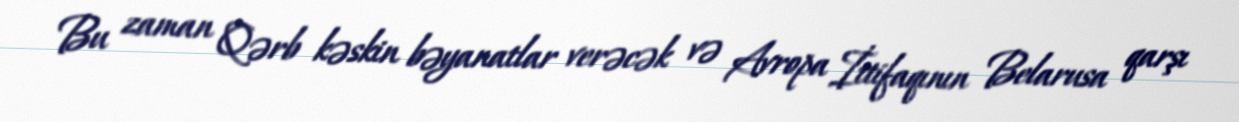
Bu zaman Qərb kəskin bəyanatlar verəcək və Avropa İttifaqının Belarusa qarşı